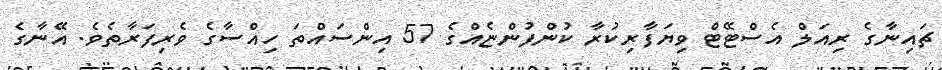
ޗައިނާގެ ރިއަލް އެސްޓޭޓް ވިޔަފާރިކުރާ ކުންފުންޏެއްގެ 57 އިންސައްތަ ހިއްސާގެ ވެރިފަރާތެވެ. އޭނާގެ